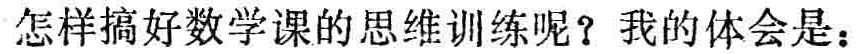
怎样搞好数学课的思维训练呢？我的体会是：